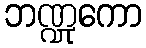
ဘဏ္ဍုကော